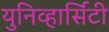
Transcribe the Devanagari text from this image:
युनिव्हार्सिटी